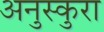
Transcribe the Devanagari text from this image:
अनुस्कुरा